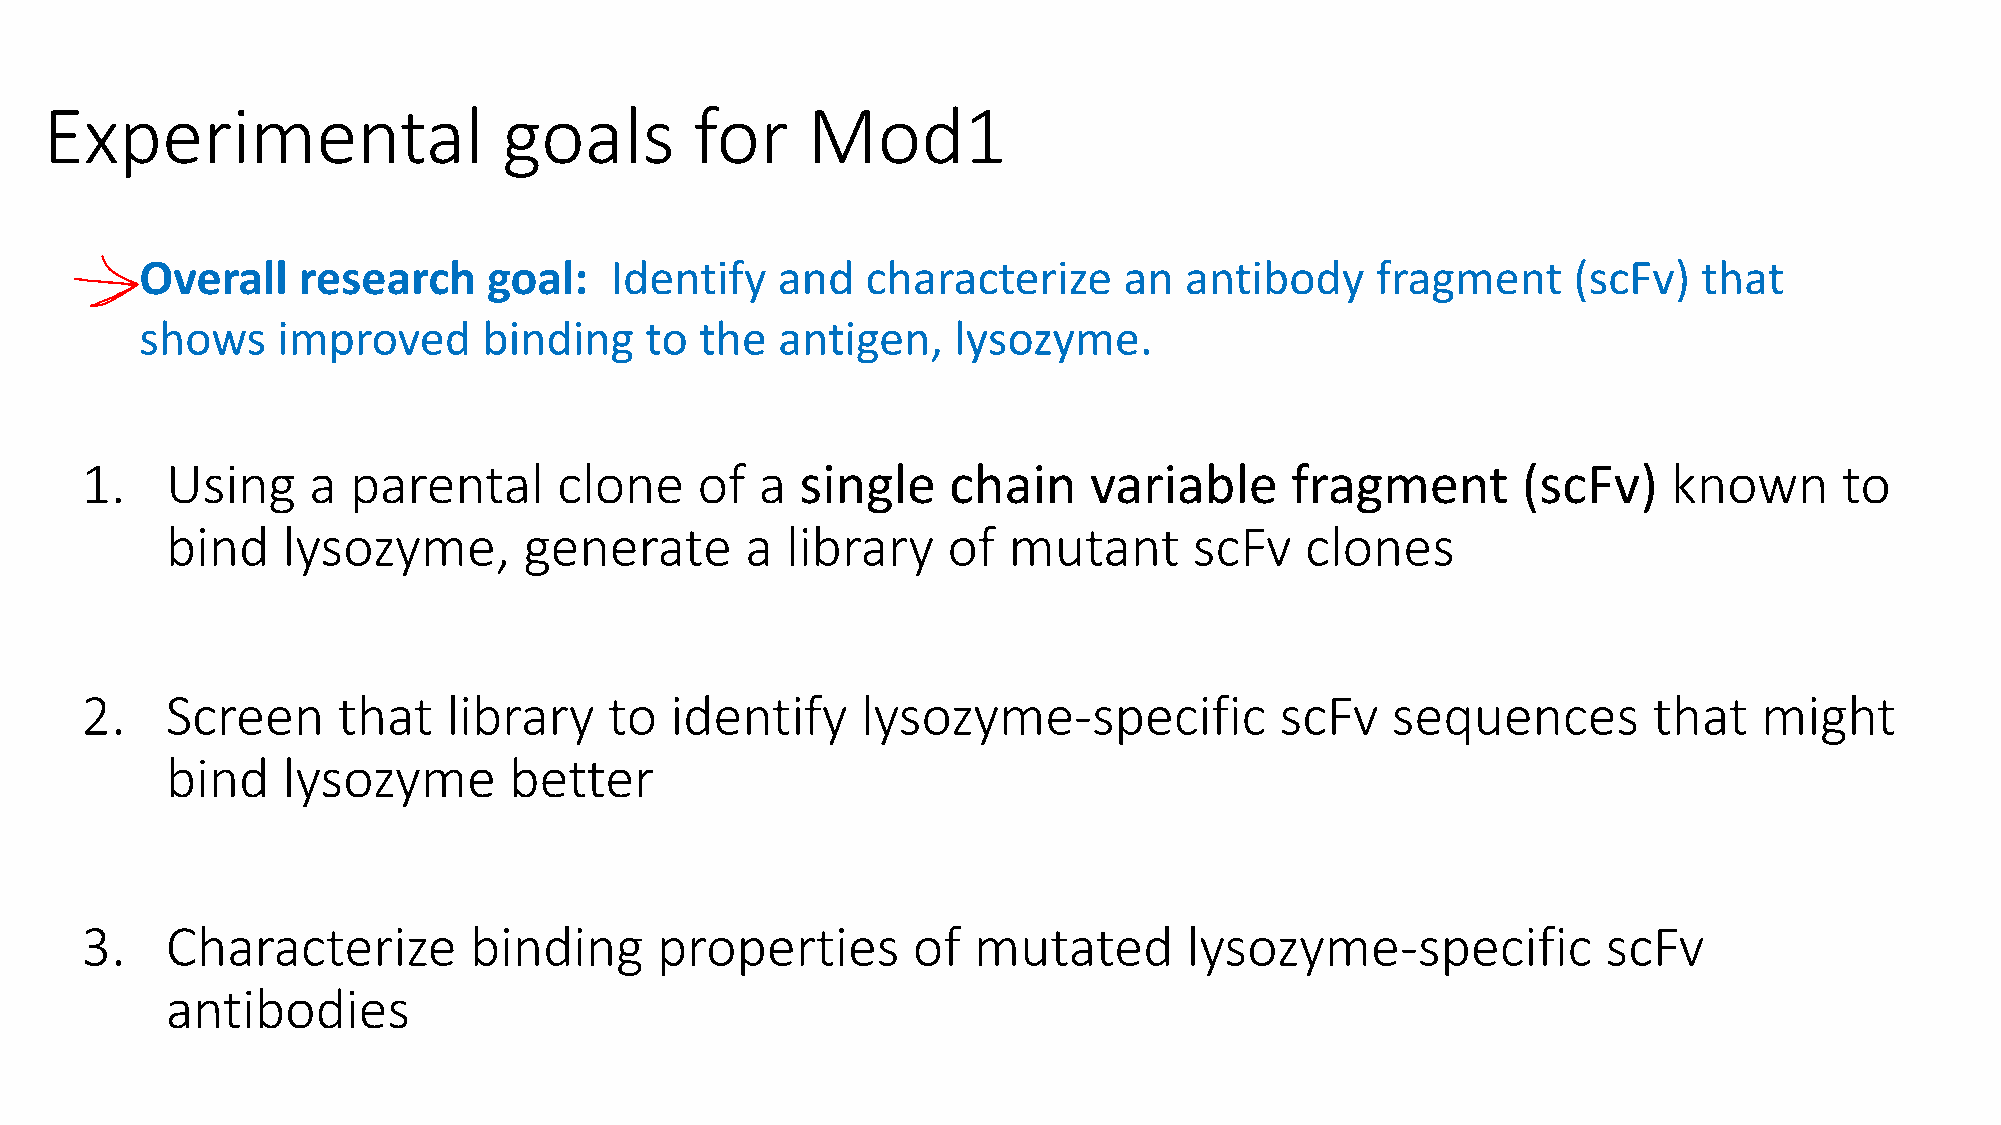
Experimental                  goals        for    Mod1
 Overall    research    goal:   Identify   and   characterize     an  antibody     fragment     (scFv)   that
 shows    improved      binding    to the  antigen,    lysozyme.
 1.    Using    a  parental      clone    of  a  single    chain    variable     fragment        (scFv)    known      to
 bind    lysozyme,       generate      a  library    of  mutant      scFv   clones
 2.    Screen     that    library   to  identify     lysozyme-specific           scFv   sequences        that    might
 bind    lysozyme       better
 3.    Characterize        binding     properties       of  mutated        lysozyme-specific          scFv
 antibodies